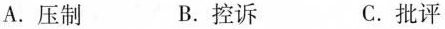
A.压制 B.控诉 C.批评